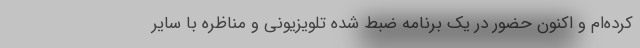
کرده‌ام و اکنون حضور در یک برنامه ضبط شده تلویزیونی و مناظره با سایر